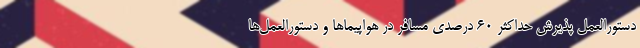
دستورالعمل پذیرش حداکثر ۶۰ درصدی مسافر در هواپیماها و دستورالعمل‌ها